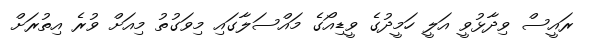
ރައީސް ވިދާޅުވީ އަލީ ހަމީދުގެ ވީޑިއޯގެ މައްސަލާގައި މިވަގުތު މިއަށް ވުރެ އިތުރަށް